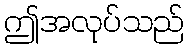
ဤအလုပ်သည်